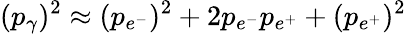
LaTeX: (p_{\gamma})^{2}\approx(p_{e^{-}})^{2}+2p_{e^{-}}p_{e^{+}}+(p_{e^{+}})^{2}